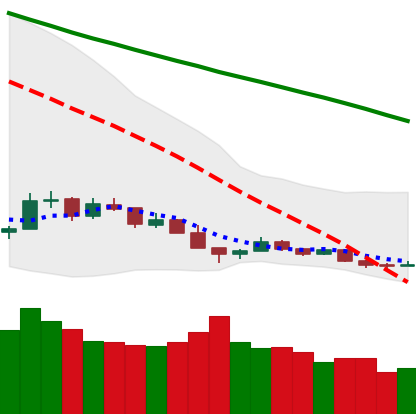
Ticker: BTC-USD
Chart end date: 2018-12-16
Forward return: 19.789%
Label: up_7plus